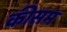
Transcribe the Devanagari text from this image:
कीसम